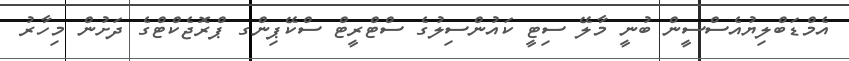
އެމްޑަބްލިޔުއެސްސީން ބުނީ މާލޭ ސިޓީ ކައުންސިލުގެ ސްޓްރީޓް ސްކޭޕިންގ ޕްރޮޖެކްޓްގެ ދަށުން މިހާރު